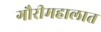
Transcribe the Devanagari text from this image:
गौरीमहालात